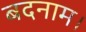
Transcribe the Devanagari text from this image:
बदनाम।